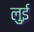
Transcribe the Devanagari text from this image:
लुुई